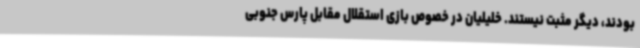
بودند، دیگر مثبت نیستند. خلیلیان در خصوص بازی استقلال مقابل پارس جنوبی